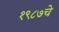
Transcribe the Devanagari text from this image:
१९८७चे